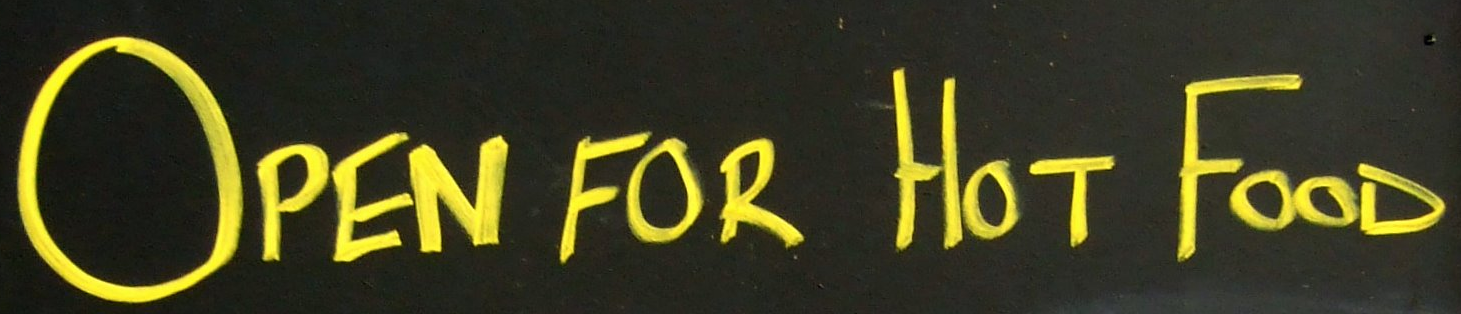
OPEN FOR HOT FOOD